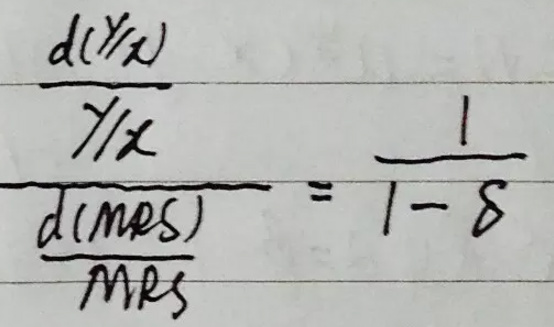
\[
\frac{\frac{d(\gamma/x)}{\gamma/x}}{\frac{d(MRS)}{MRS}} = \frac{1}{1 - \delta}
\]